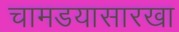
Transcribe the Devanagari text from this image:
चामडयासारखा